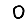
Digit: 0